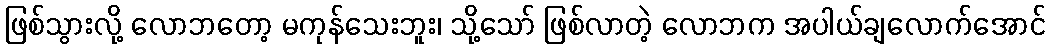
ဖြစ်သွားလို့ လောဘတော့ မကုန်သေးဘူး၊ သို့သော် ဖြစ်လာတဲ့ လောဘက အပါယ်ချလောက်အောင်